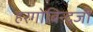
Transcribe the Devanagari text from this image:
हरगोबिन्दजी